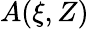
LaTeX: A(\xi,Z)